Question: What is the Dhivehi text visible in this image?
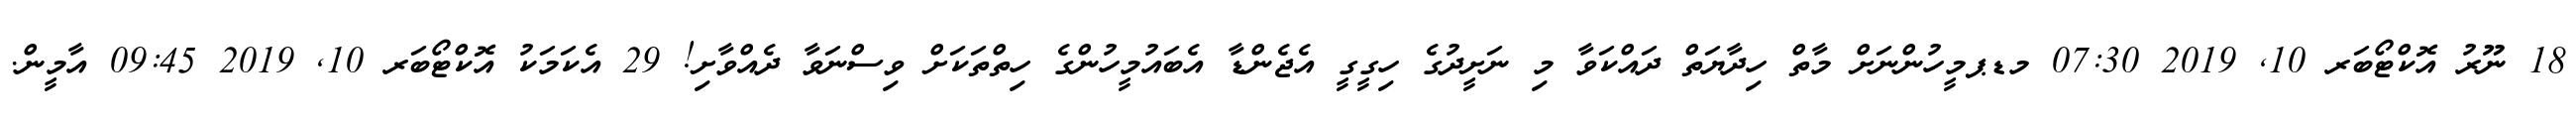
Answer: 18 ނޫރު އޮކްޓޯބަރ 10, 2019 07:30 މޑޕމީހުންނަށް މާތް ހިދާޔަތް ދައްކަވާ މި ނަށީދުގެ ހިގީގީ އެޖެންޑާ އެބައުމީހުންގެ ހިތްތަކަށް ވިސްނަވާ ދެއްވާށި! 29 އެކަމަކު އޮކްޓޯބަރ 10, 2019 09:45 އާމީން.